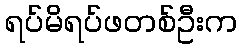
ရပ်မိရပ်ဖတစ်ဦးက